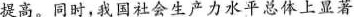
提高。同时，我国社会生产力水平总体上显著